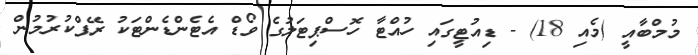
މުމްބާއީ (މެއި 18) - ޑިއުޓީގައި ހުއްޓާ ހޮސްޕިޓަލުގެ ވޯޑް އެޓެންޑެންޓަކު ރޭޕްކުރުމުން